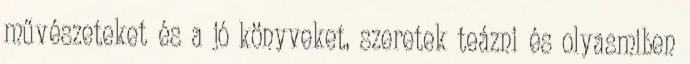
művészeteket és a jó könyveket, szeretek teázni és olyasmiben